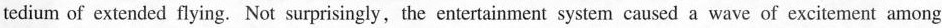
tedium of extended flying. Not surprisingly, the entertainment system caused a wave of excitement among